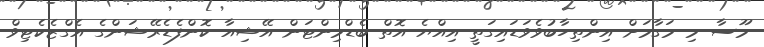
މޫސާ މި މަގާމަށް އިންތިހާބުވެވަޑައިގަތީ އިއްޔެ އޮތް ބެޑްމިންޓަން އޭޝިއާ ކޮންފެޑެރޭޝަންގެ އެގްޒެކެޓިވް